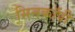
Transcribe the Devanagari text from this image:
सिनकाॅपी